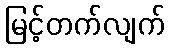
မြင့်တက်လျက်